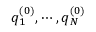
\boldsymbol { q } _ { 1 } ^ { ( 0 ) } , \cdots , \boldsymbol { q } _ { N } ^ { ( 0 ) }